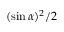
( \sin \alpha ) ^ { 2 } / 2